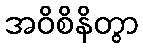
အဝိစိနိတွာ